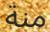
منة